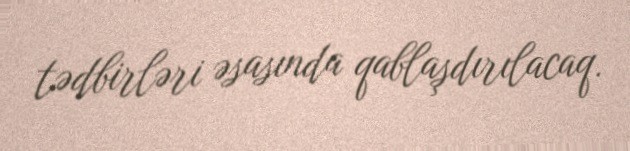
tədbirləri əsasında qablaşdırılacaq.